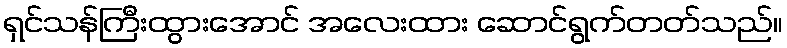
ရှင်သန်ကြီးထွားအောင် အလေးထား ဆောင်ရွက်တတ်သည်။